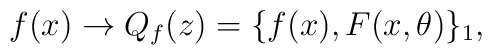
f(x) \to Q_{f}(z) =\{f(x), F(x,\theta)\}_{1}  ,